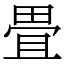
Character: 畳